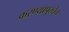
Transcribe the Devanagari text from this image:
करण्यापुरतेच